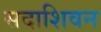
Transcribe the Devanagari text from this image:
सदाशिवन